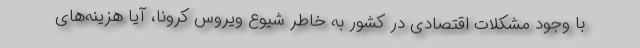
با وجود مشکلات اقتصادی در کشور به خاطر شیوع ویروس کرونا، آیا هزینه‌های